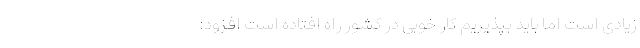
زیادی است اما باید بپذیریم کار خوبی در کشور راه افتاده است افزود: